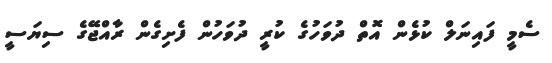
ސެމީ ފައިނަލް ކުޅެން އޮތް ދުވަހުގެ ކުރީ ދުވަހުން ފެށިގެން ރާއްޖޭގެ ސިޔަސީ